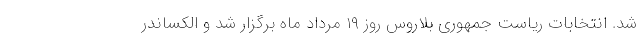
شد. انتخابات ریاست جمهوری بلاروس روز ۱۹ مرداد ماه برگزار شد و الکساندر